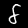
Label: 8